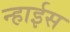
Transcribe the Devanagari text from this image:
न्हाईस